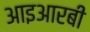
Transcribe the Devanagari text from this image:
आइआरबी